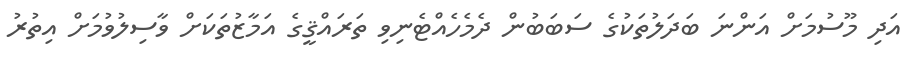
އަދި މޫސުމަށް އަންނަ ބަދަލުތަކުގެ ސަބަބުން ދެމެހެއްޓެނިވި ތަރައްޤީގެ އަމާޒުތަކަށް ވާސިލުވުމަށް އިތުރު